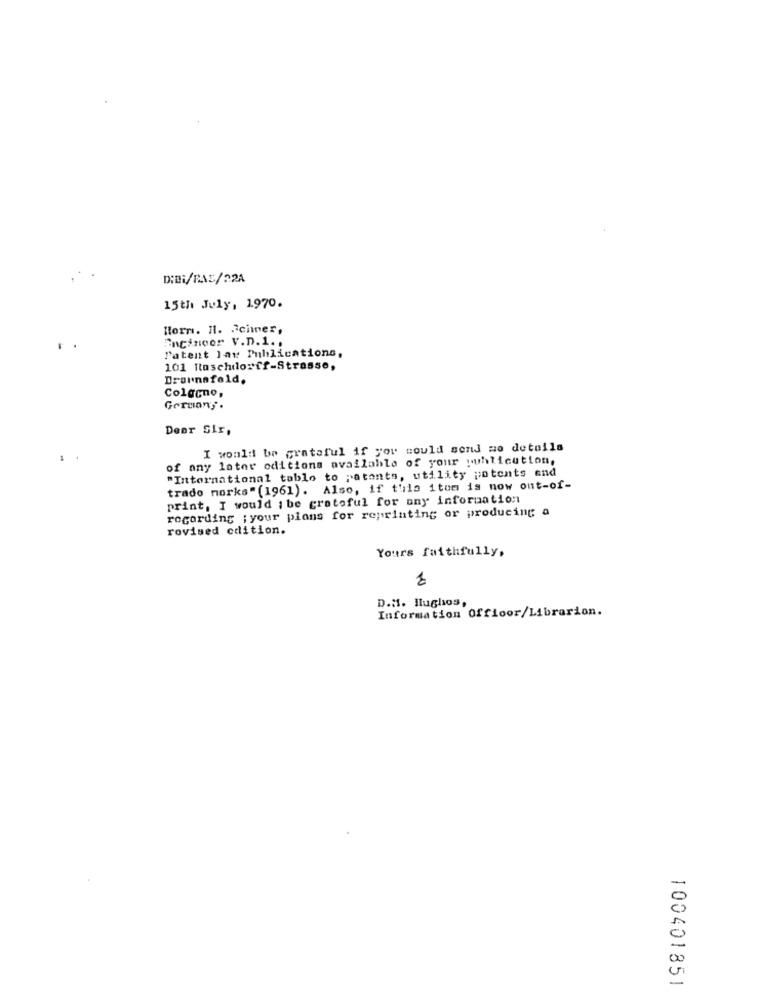
D:Di/BAS/22A
15th July, 1970.
Horn. Il. Seiner,
Encinoor V.D.1. .
Patent lav Publications,
101 Raschdorff-Strasse,
Drounafeld.
Colgono,
Germany.
Dear Sir,
I would be grateful if you could send mo details
of any later oditions available of your juhlicution,
"International tablo to ;atonts, utility patents and
trado morks" (1961). Also, if t'ila itom is now out-of-
print, I would i be grateful for any information
regarding ; your plans for reprinting or producing a
revised edition.
Yours faithfully,
TO
D.H. Hughios,
Information Offloor/Librarion.
100401851